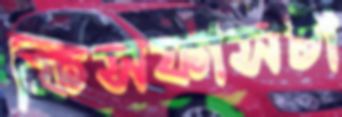
ফিসফাসটা